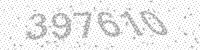
Solution: 397610